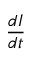
\frac { d I } { d t }